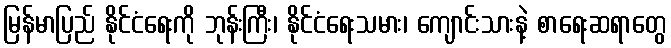
မြန်မာပြည် နိုင်ငံရေးကို ဘုန်းကြီး၊ နိုင်ငံရေးသမား၊ ကျောင်းသားနဲ့ စာရေးဆရာတွေ